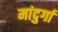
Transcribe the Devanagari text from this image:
मांदुर्गा